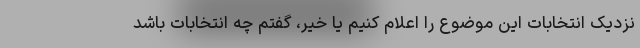
نزدیک انتخابات این موضوع را اعلام کنیم یا خیر، گفتم چه انتخابات باشد